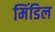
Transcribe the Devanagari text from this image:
मिंडिल